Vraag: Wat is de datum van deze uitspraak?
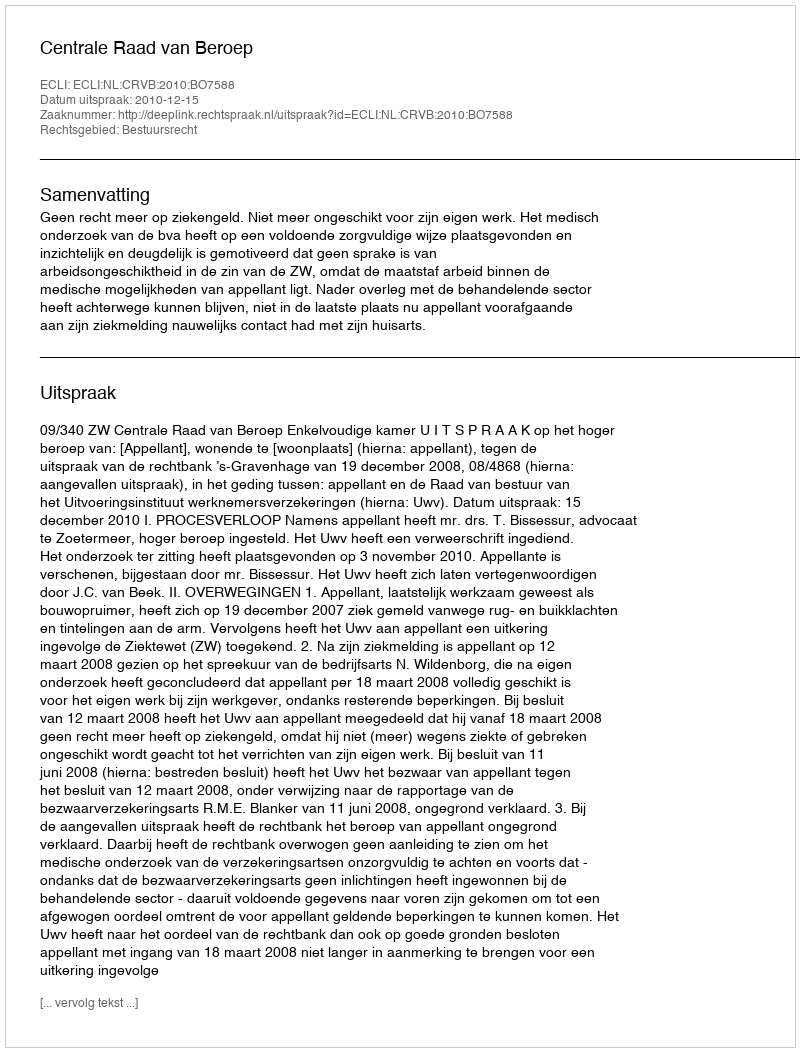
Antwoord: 2010-12-15